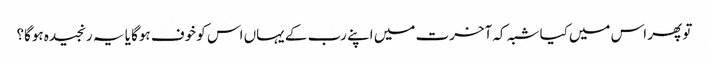
تو پھر اس میں‌کیا شبہ کہ آخرت میں اپنے رب کے یہاں اس کو خوف ہوگا یا یہ رنجیدہ ہوگا؟